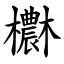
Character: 欁